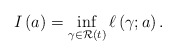
\begin{align*}I \left( a \right) = \inf_{\gamma \in \mathcal{R} \left( t \right)} \ell \left( \gamma ; a \right). \end{align*}